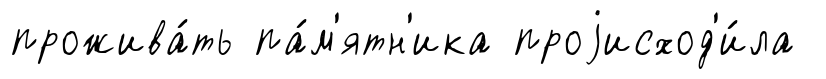
прожива́ть па́м'ятн'ика проjисход'и́ла